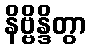
နိဗ္ဗိန္ဒိတွာ